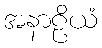
အနာဠိယံ